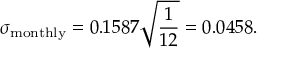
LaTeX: \sigma _ { \mathrm { m o n t h l y } } = 0 . 1 5 8 7 { \sqrt { \frac { 1 } { 1 2 } } } = 0 . 0 4 5 8 .